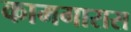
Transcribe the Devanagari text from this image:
कामगारास